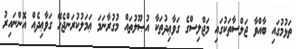
ތަޅުމުގައި ބާއްވާ ޖަލްސާތަކުގައި މަޖްލިސްގެ ގަވާޢިދުތަކާ އުޞޫލުތައް މުގުރާނަމަ ޢަމަލުކުރަންޖެހޭ ގަވާޢިދެއް އޮންނައިރު